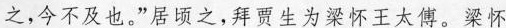
之，今不及也。”居顷之，拜贾生为梁怀王太傅。梁怀